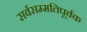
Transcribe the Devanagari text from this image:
सर्वसम्मतिपूर्वक